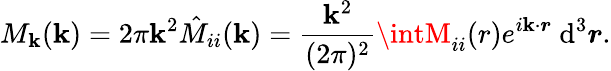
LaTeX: M_{\mathbf{k}}(\mathbf{k})=2\pi\mathbf{k}^{2}\hat{{M}}_{ii}(\mathbf{k})=\frac{{\mathbf{k}^{2}}}{{(2\pi)^{2}}}\intM_{ii}(r)e^{i\boldsymbol{\mathbf{k}}\cdot\boldsymbol{r}}~\mathrm{{d}}^{3}\boldsymbol{r}.